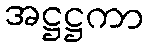
အဋ္ဌဋ္ဌကာ